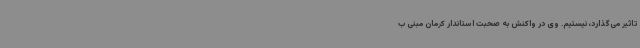
تاثیر می‌گذارد، نیستیم. وی در واکنش به صحبت استاندار کرمان مبنی ب